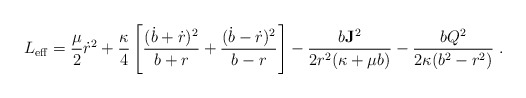
\begin{align*}L_{\rm eff} = {\mu \over 2}\dot r^2 + {\kappa\over 4} \left[{(\dot b+ \dot r)^2 \over b+r} + {(\dot b - \dot r)^2 \over b-r} \right] - { b {\bf J}^2\over 2 r^2(\kappa + \mu b)} - {b Q^2\over 2\kappa(b^2 -r^2)} \, \,.\end{align*}